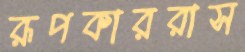
রূপকাররাস